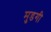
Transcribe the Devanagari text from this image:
मुडगी